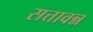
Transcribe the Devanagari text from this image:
सत्तावन्न